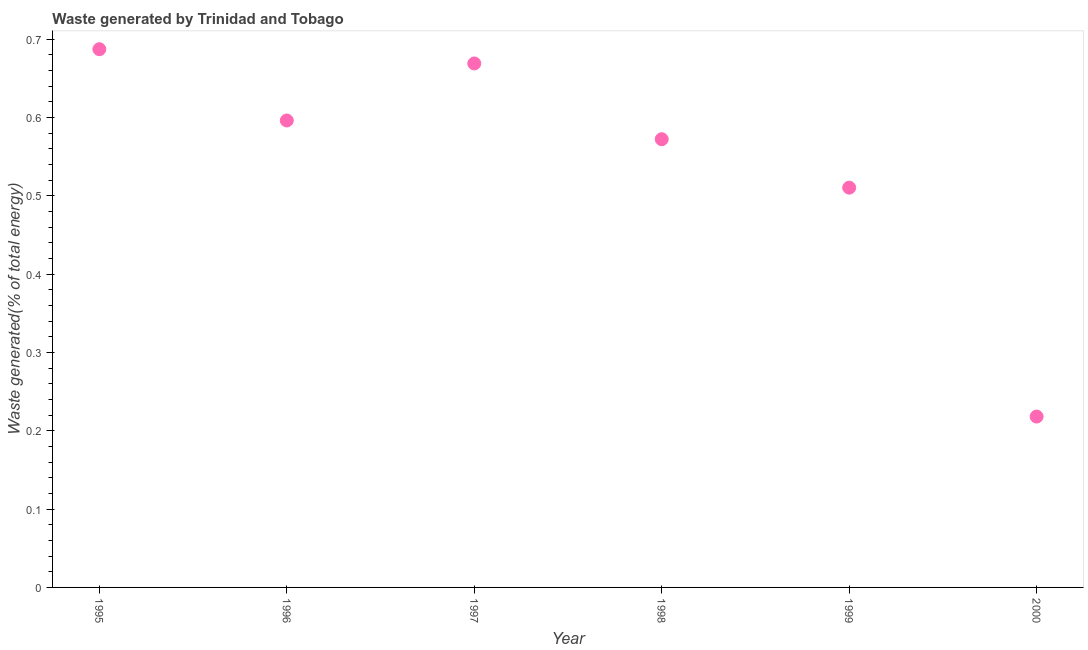
| Year | Combustible renewables and waste (% of total energy) |
 | --- | --- |
 | 1995 | 0.687 |
 | 1996 | 0.596 |
 | 1997 | 0.669 |
 | 1998 | 0.572 |
 | 1999 | 0.511 |
 | 2000 | 0.218 |